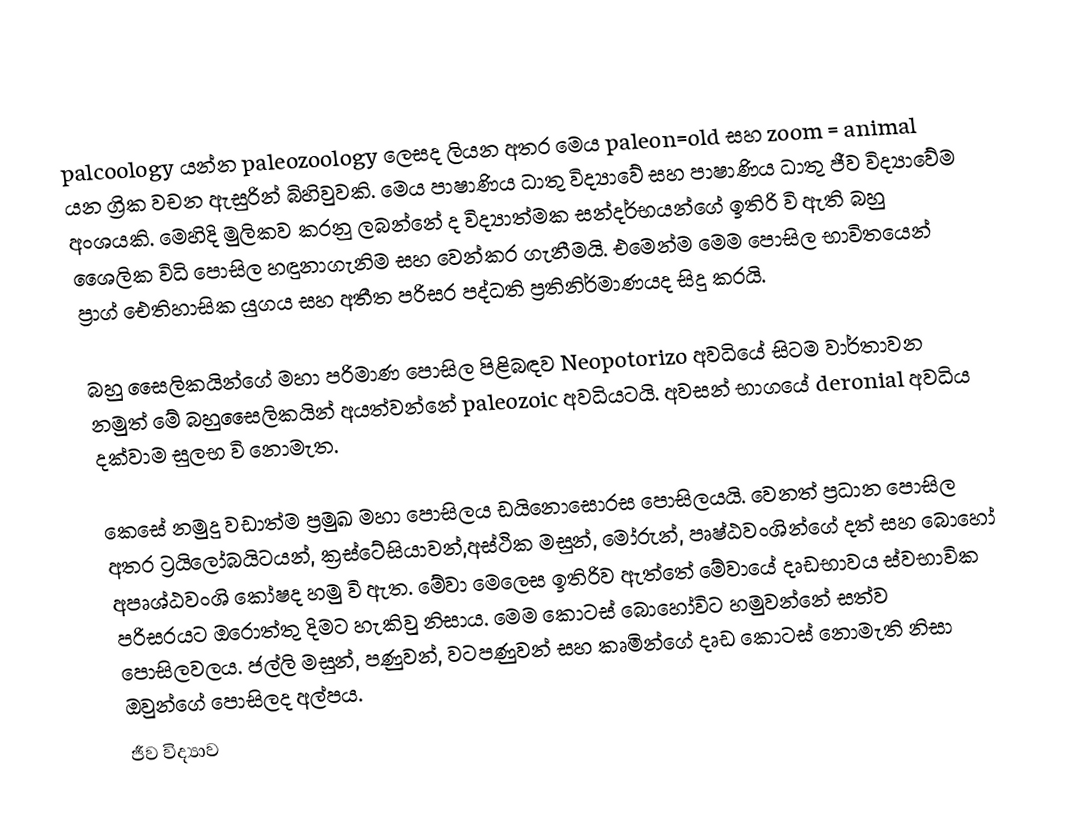
palcoology යන්න paleozoology ලෙසද ලියන අතර මෙය paleon=old සහ zoom = animal යන ග්‍රික වචන ඇසුරින් බිහිවුවකි. මෙය පාෂාණිය ධාතු විද්‍යාවේ සහ පාෂාණිය ධාතු ජීව විද්‍යාවේම අංශයකි. මෙහිදි මුලිකව කරනු ලබන්නේ ද විද්‍යාත්මක සන්දර්භයන්ගේ ඉතිරි වි ඇති බහු ශෛලික විධි පොසිල හඳුනාගැනිම සහ වෙන්කර ගැනීමයි. එමෙන්ම මෙම පොසිල භාවිතයෙන් ප්‍රාග් ඓතිහාසික යුගය සහ අතීත පරිසර පද්ධති ප්‍රතිනිර්මාණයද සිදු කරයි.

බහු සෛලිකයින්ගේ මහා පරිමාණ පොසිල පිළිබඳව Neopotorizo අවධියේ සිටම වාර්තාවන නමුත් මේ බහුසෛලිකයින් අයත්වන්නේ paleozoic අවධියටයි. අවසන් භාගයේ deronial අවධිය දක්වාම සුලභ වි නොමැත.

කෙසේ නමුදු වඩාත්ම ප්‍රමුඛ මහා පොසිලය ඩයිනොසොරස පොසිලයයි. වෙනත් ප්‍රධාන පොසිල අතර ට්‍රයිලෝබයිටයන්, ක්‍රස්ටේසියාවන්,අස්ථික මසුන්, මෝරුන්, පෘෂ්ඨවංශින්ගේ දත් සහ බොහෝ අපෘශ්ඨවංශි කෝෂද හමු වි ඇත. මේවා මෙලෙස ඉතිරිව ඇත්තේ මේවායේ දෘඩභාවය ස්වභාවික පරිසරයට ඔරොත්තු දිමට හැකිවු නිසාය. මෙම කොටස් බොහෝවිට හමුවන්නේ සත්ව පොසිලවලය. ජල්ලි මසුන්, පණුවන්, වටපණුවන් සහ කෘමින්ගේ දෘඩ කොටස් නොමැති නිසා ඔවුන්ගේ පොසිලද අල්පය.
ජීව විද්‍යාව